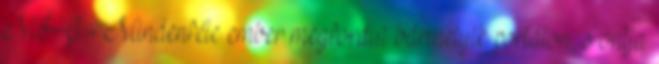
MÉG - Mindenféle ember megfordul bármelyik portálon, s ontja